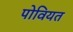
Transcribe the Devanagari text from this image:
पोवियत